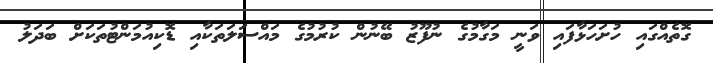
ގޮތެއްގައި ހުށަހަޅާފައި ވަނީ މަގާމުގެ ނުފޫޒު ބޭނުން ކުރުމުގެ މައްސަލަތަކާއި ޑޮކިއުމަންޓުތަކަށް ބަދަލު